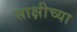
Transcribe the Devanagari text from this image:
साक्षीच्या